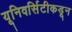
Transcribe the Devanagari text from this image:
यूनिवर्सिटीकडून